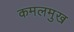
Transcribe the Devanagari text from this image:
कमलमुख